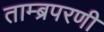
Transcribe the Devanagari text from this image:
ताम्ब्रपरणी